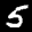
Label: 5